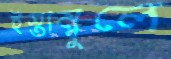
ইস্তাম্বুলে